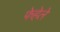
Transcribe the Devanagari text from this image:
फेहेले